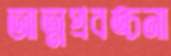
আত্মপ্রবঙ্চনা